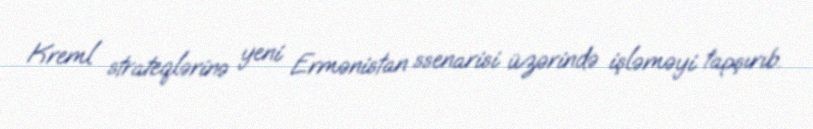
Kreml strateqlərinə yeni Ermənistan ssenarisi üzərində işləməyi tapşırıb.